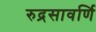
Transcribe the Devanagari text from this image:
रुद्रसावर्णि